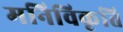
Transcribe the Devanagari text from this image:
मनिविकृति